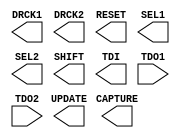
// $Header: /devl/xcs/repo/env/Databases/CAEInterfaces/verunilibs/data/unisims/BSCAN_SPARTAN3.v,v 1.5.158.1 2007/03/09 18:13:01 patrickp Exp $
///////////////////////////////////////////////////////////////////////////////
// Copyright (c) 1995/2004 Xilinx, Inc.
// All Right Reserved.
///////////////////////////////////////////////////////////////////////////////
//   ____  ____
//  /   /\/   /
// /___/  \  /    Vendor : Xilinx
// \   \   \/     Version : 8.1i (I.13)
//  \   \         Description : Xilinx Functional Simulation Library Component
//  /   /                  Boundary Scan Logic Control Circuit for SPARTAN3
// /___/   /\     Filename : BSCAN_SPARTAN3.v
// \   \  /  \    Timestamp : Thu Mar 25 16:42:13 PST 2004
//  \___\/\___\
//
// Revision:
//    03/23/04 - Initial version.
// End Revision

`timescale  100 ps / 10 ps


module BSCAN_SPARTAN3 (CAPTURE, DRCK1, DRCK2, RESET, SEL1, SEL2, SHIFT, TDI, UPDATE, TDO1, TDO2);

    input TDO1, TDO2;

    output CAPTURE, DRCK1, DRCK2, RESET, SEL1, SEL2, SHIFT, TDI, UPDATE;

    

endmodule